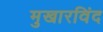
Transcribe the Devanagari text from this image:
मुखारविंद